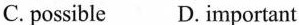
C. possible D. important